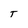
Character: T